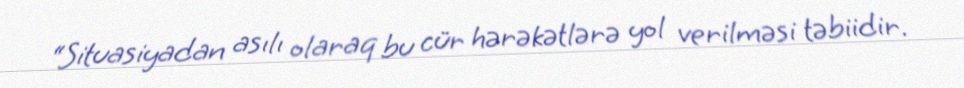
“Situasiyadan asılı olaraq bu cür hərəkətlərə yol verilməsi təbiidir.